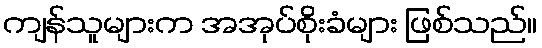
ကျန်သူများက အအုပ်စိုးခံများ ဖြစ်သည်။